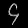
Digit: ၄